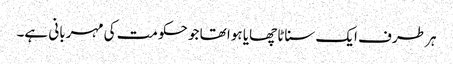
ہر طرف ایک سناٹا چھایا ہوا تھا جو حکومت کی مہربانی ہے۔